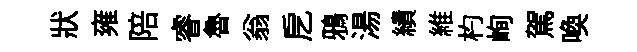
狀雍陪睿魯翁戹鴉湯績維杓峋駕喚